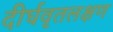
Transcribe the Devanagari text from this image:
दीर्घवृतलक्षण